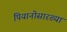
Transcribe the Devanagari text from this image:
पियानोसारख्या